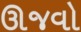
ઊજવો